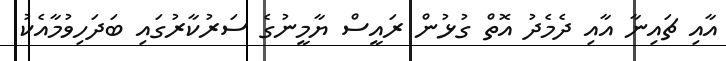
އާއި ޗައިނާ އާއި ދެމެދު އޮތް ގުޅުން ރައީސް ޔާމީނުގެ ސަރުކާރުގައި ބަދަހިވުމާއެކު